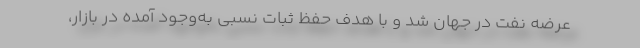
عرضه نفت در جهان شد و با هدف حفظ ثبات نسبی به‌وجود آمده در بازار،